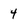
Character: 4